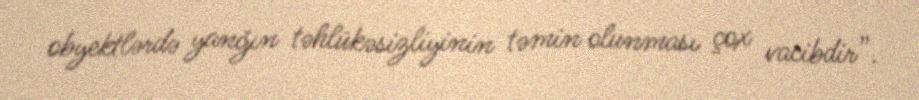
obyektlərdə yanğın təhlükəsizliyinin təmin olunması çox vacibdir”.